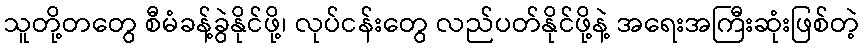
သူတို့တတွေ စီမံခန့်ခွဲနိုင်ဖို့၊ လုပ်ငန်းတွေ လည်ပတ်နိုင်ဖို့နဲ့ အရေးအကြီးဆုံးဖြစ်တဲ့